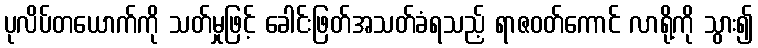
ပုလိပ်တယောက်ကို သတ်မှုဖြင့် ခေါင်းဖြတ်အသတ်ခံရသည့် ရာဇဝတ်ကောင် လာရို့ကို သွား၍